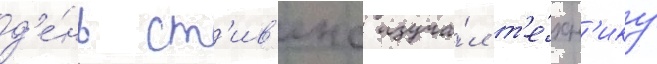
д'е́нь ст'ив'енс изуча́л т'е́хн'ику